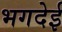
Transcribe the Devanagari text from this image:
भगदेई